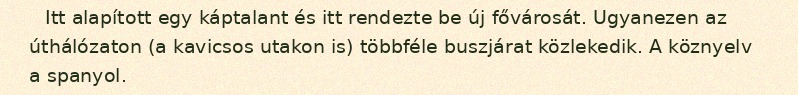
Itt alapított egy káptalant és itt rendezte be új fővárosát. Ugyanezen az úthálózaton (a kavicsos utakon is) többféle buszjárat közlekedik. A köznyelv a spanyol.